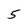
Character: 5